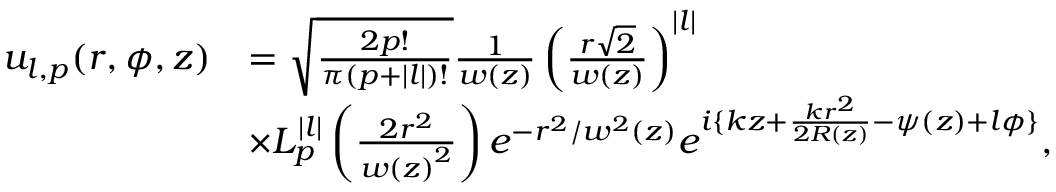
\begin{array} { r l } { u _ { l , p } ( r , \phi , z ) } & { = \sqrt { \frac { 2 p ! } { \pi ( p + | l | ) ! } } \frac { 1 } { w ( z ) } \left( \frac { r \sqrt { 2 } } { w ( z ) } \right) ^ { | l | } } \\ & { { \times } L _ { p } ^ { | l | } \left( \frac { 2 r ^ { 2 } } { { w ( z ) } ^ { 2 } } \right) e ^ { - r ^ { 2 } / { w ^ { 2 } ( z ) } } e ^ { i \{ k z + \frac { k r ^ { 2 } } { 2 R ( z ) } - \psi ( z ) + l \phi \} } , } \end{array}